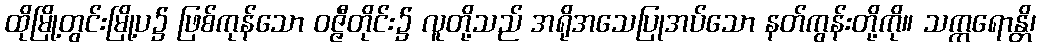
ထိုမြို့တွင်းမြို့ပ၌ ဖြစ်ကုန်သော ဝဇ္ဇီတိုင်း၌ လူတို့သည် အရိုအသေပြုအပ်သော နတ်ကွန်းတို့ကို။ သက္ကရောန္တိ၊